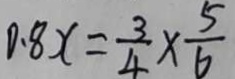
0 . 8 x = \frac { 3 } { 4 } \times \frac { 5 } { 6 }